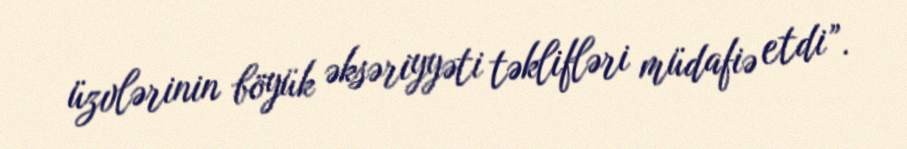
üzvlərinin böyük əksəriyyəti təklifləri müdafiə etdi”.